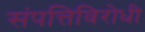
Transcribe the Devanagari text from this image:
संपत्तिविरोधी